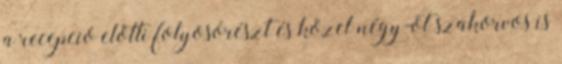
a recepció előtti folyosórészt és közel négy-öt szakorvos is